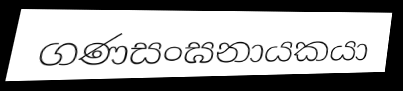
ගණසංඝනායකයා